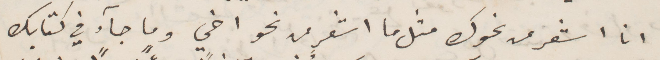
انا اشعر من نحوك مثلما اشعر من نحو اخي وما جاء في كتابك